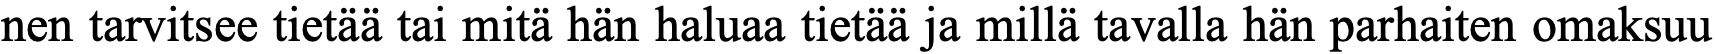
nen tarvitsee tietää tai mitä hän haluaa tietää ja millä tavalla hän parhaiten omaksuu